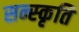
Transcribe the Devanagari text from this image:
सन्स्कृति